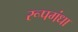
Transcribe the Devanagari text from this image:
रूपगंधा